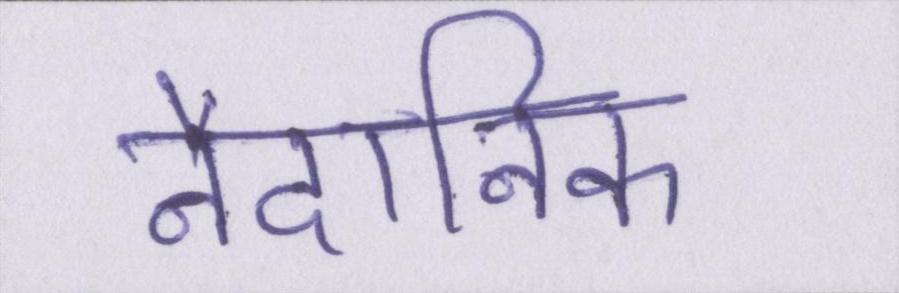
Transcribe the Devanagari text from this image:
नैदानिक